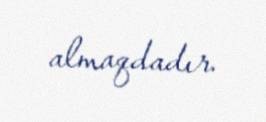
almaqdadır.